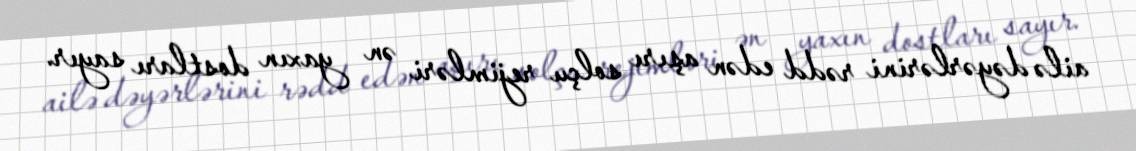
ailə dəyərlərini rədd edən aşırı solçu rejimləri ən yaxın dostları sayır.